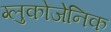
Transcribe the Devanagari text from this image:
ग्लुकोजेनिक